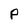
Character: P